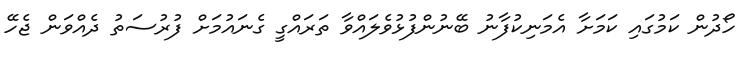
ހޯދުން ކަމުގައި ކަމަށާ އެމަނިކުފާނު ބޭނުންފުޅުވެލައްވާ ތަރައްގީ ގެނައުމަށް ފުރުސަތު ދެއްވަން ޖެހޭ